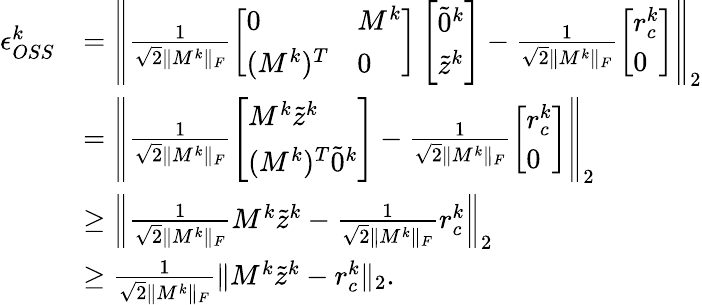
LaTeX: \begin{array}{rl}{\epsilon_{OSS}^{k}}&{=\left\| \frac{1}{\sqrt{2}\| M^{k}\| _{F}}\left[\begin{array}{ll}{0}&{M^{k}}\\ {(M^{k})^{T}}&{0}\end{array}\right]\left[\begin{array}{l}{\tilde{0}^{k}}\\ {\tilde{z}^{k}}\end{array}\right]-\frac{1}{\sqrt{2}\| M^{k}\| _{F}}\left[\begin{array}{l}{r_{c}^{k}}\\ {0}\end{array}\right]\right\| _{2}}\\ &{=\left\| \frac{1}{\sqrt{2}\| M^{k}\| _{F}}\left[\begin{array}{l}{M^{k}\tilde{z}^{k}}\\ {(M^{k})^{T}\tilde{0}^{k}}\end{array}\right]-\frac{1}{\sqrt{2}\| M^{k}\| _{F}}\left[\begin{array}{l}{r_{c}^{k}}\\ {0}\end{array}\right]\right\| _{2}}\\ &{\geq\left\| \frac{1}{\sqrt{2}\| M^{k}\| _{F}}M^{k}\tilde{z}^{k}-\frac{1}{\sqrt{2}\| M^{k}\| _{F}}r_{c}^{k}\right\| _{2}}\\ &{\geq\frac{1}{\sqrt{2}\| M^{k}\| _{F}}\| M^{k}\tilde{z}^{k}-r_{c}^{k}\| _{2}.}\end{array}